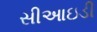
સીઆઇડી